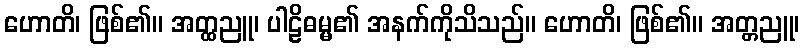
ဟောတိ၊ ဖြစ်၏။ အတ္ထညူ၊ ပါဠိဓမ္မ၏ အနက်ကိုသိသည်။ ဟောတိ၊ ဖြစ်၏။ အတ္တညူ၊